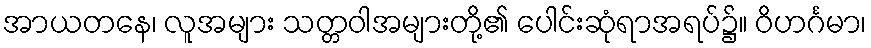
အာယတနေ၊ လူအများ သတ္တဝါအများတို့၏ ပေါင်းဆုံရာအရပ်၌။ ဝိဟင်္ဂမာ၊